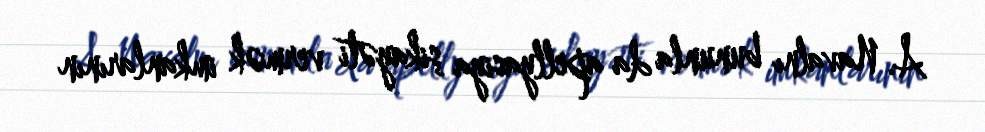
A. Navalnı bununla da apellyasiya şikayəti vermək imkanlarının